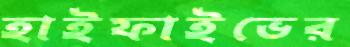
হাইফাইভের